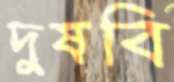
দুষবি